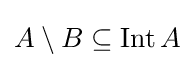
A\setminus B\subseteq \operatorname {Int} A